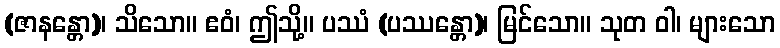
(ဇာနန္တော)၊ သိသော။ ဧဝံ၊ ဤသို့။ ပဿံ (ပဿန္တော)၊ မြင်သော။ သုတ ဝါ၊ များသော